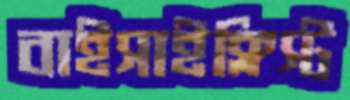
বাইসাইক্লিস্ট